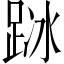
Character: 𨀰